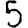
Digit: 5